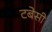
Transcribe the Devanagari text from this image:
टबेसी